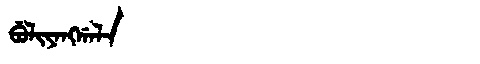
Manchu: ᠪᡠᠯᡳᠶᠠᠩᡤᠠᠯᠠ
Romanization: BULIYANGGALA